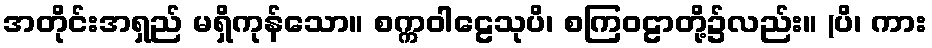
အတိုင်းအရှည် မရှိကုန်သော။ စက္ကဝါဠေသုပိ၊ စကြဝဠာတို့၌လည်း။ (ပိ၊ ကား